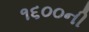
૧૬૦૦ની